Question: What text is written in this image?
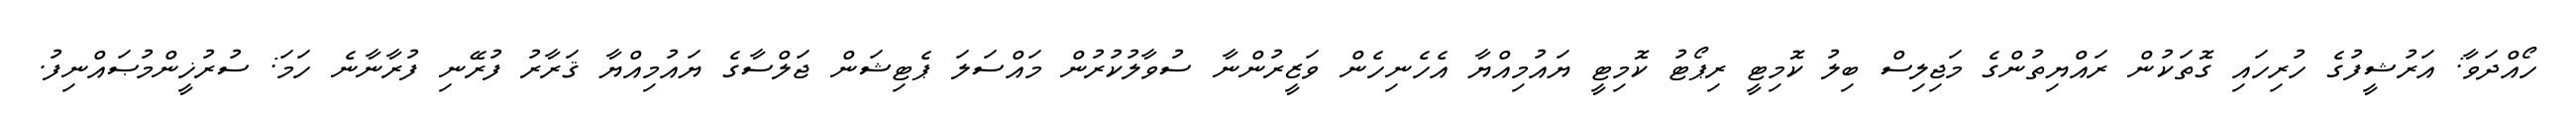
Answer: ހޯއްދަވާ: އަރުޝީފުގެ ހުރިހައި ގޮތަކުން ރައްޔިތުންގެ މަޖިލިސް ބިލު ކޮމިޓީ ރިޕޯޓު ކޮމިޓީ ޔައުމިއްޔާ އެހެނިހެން ވަޒީރުންނާ ސުވާލުކުރުން މައްސަލަ ޕެޓިޝަން ޖަލްސާގެ ޔައުމިއްޔާ ޤަރާރު ފުރޭނި ފުރާނާނެ ހަމަ: ސުރުޚީންމުޞައްނިފު.